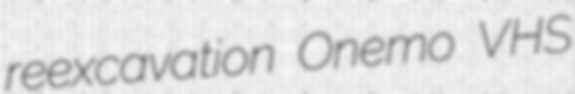
reexcavation Onemo VHS